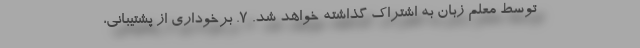
توسط معلم زبان به اشتراک گذاشته خواهد شد. ۷. برخوداری از پشتیبانی،